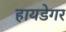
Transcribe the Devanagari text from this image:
हायडेगर